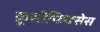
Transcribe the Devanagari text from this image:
क्रूसीफिक्‍सेस